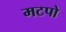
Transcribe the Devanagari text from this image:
मटपो